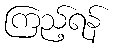
ကြည့်ရန်